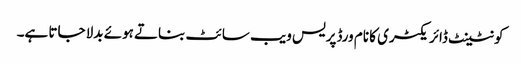
کونٹینٹ ڈائریکٹری کا نام ورڈپریس ویب سائٹ بناتے ہوئے بدلا جاتا ہے۔